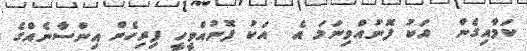
ކަމާއިގެން  އަކު ފޮނުއްވިނަމަ އެ  އަކު ފޮނުއްވީހީ ފިރިހެން އިންސާނެއްގެ